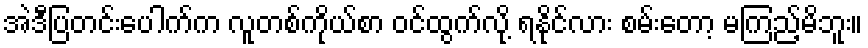
အဲဒီပြတင်းပေါက်က လူတစ်ကိုယ်စာ ဝင်ထွက်လို့ ရနိုင်လား စမ်းတော့ မကြည့်မိဘူး။